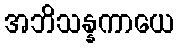
အဘိသန္နကာယေ